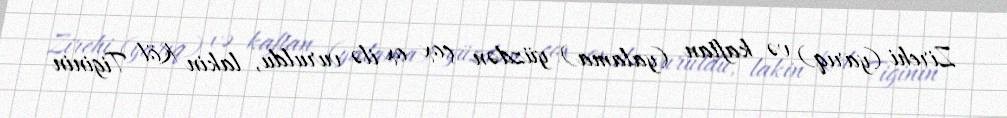
Zirehi (yarıq) və kaftan (yalama) yüzdən çox ox ilə vuruldu, lakin Köl Tiginin